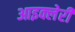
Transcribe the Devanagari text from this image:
आइक्लेरी